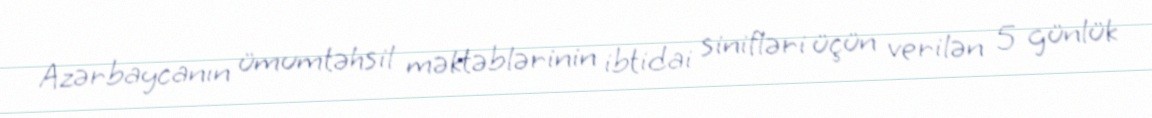
Azərbaycanın ümumtəhsil məktəblərinin ibtidai sinifləri üçün verilən 5 günlük